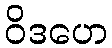
ဝိဒဟေ